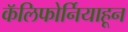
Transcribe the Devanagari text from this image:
कॅलिफोर्नियाहून